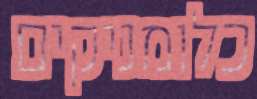
כלומניקים